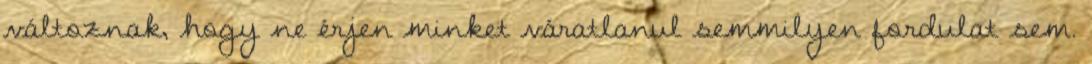
változnak, hogy ne érjen minket váratlanul semmilyen fordulat sem.